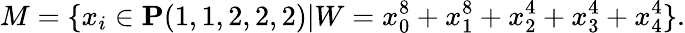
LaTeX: M=\{ x_{i}\in{\mathbf P}(1,1,2,2,2)|W=x_{0}^{8}+x_{1}^{8}+x_{2}^{4}+x_{3}^{4}+x_{4}^{4}\} .